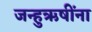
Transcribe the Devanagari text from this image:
जन्हुऋषींना